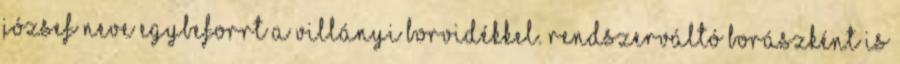
József neve egybeforrt a Villányi Borvidékkel. Rendszerváltó borászként is